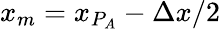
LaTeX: x_{m}=x_{P_{A}}-\Delta x/2